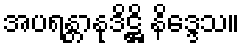
အပရန္တာနုဒိဋ္ဌိ နိဒ္ဒေသ။